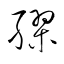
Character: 膠